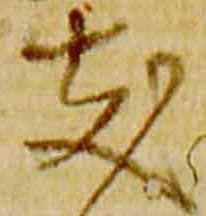
支